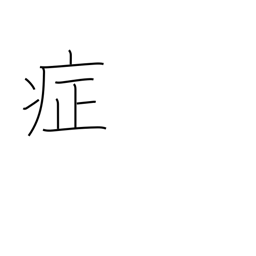
Meaning: symptoms